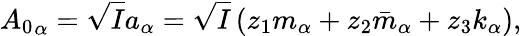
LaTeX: {A_{0}}_{\alpha}=\sqrt{I}a_{\alpha}=\sqrt{I}\left(z_{1}m_{\alpha}+z_{2}\bar{m}_{\alpha}+z_{3}k_{\alpha}\right),